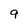
Character: 9